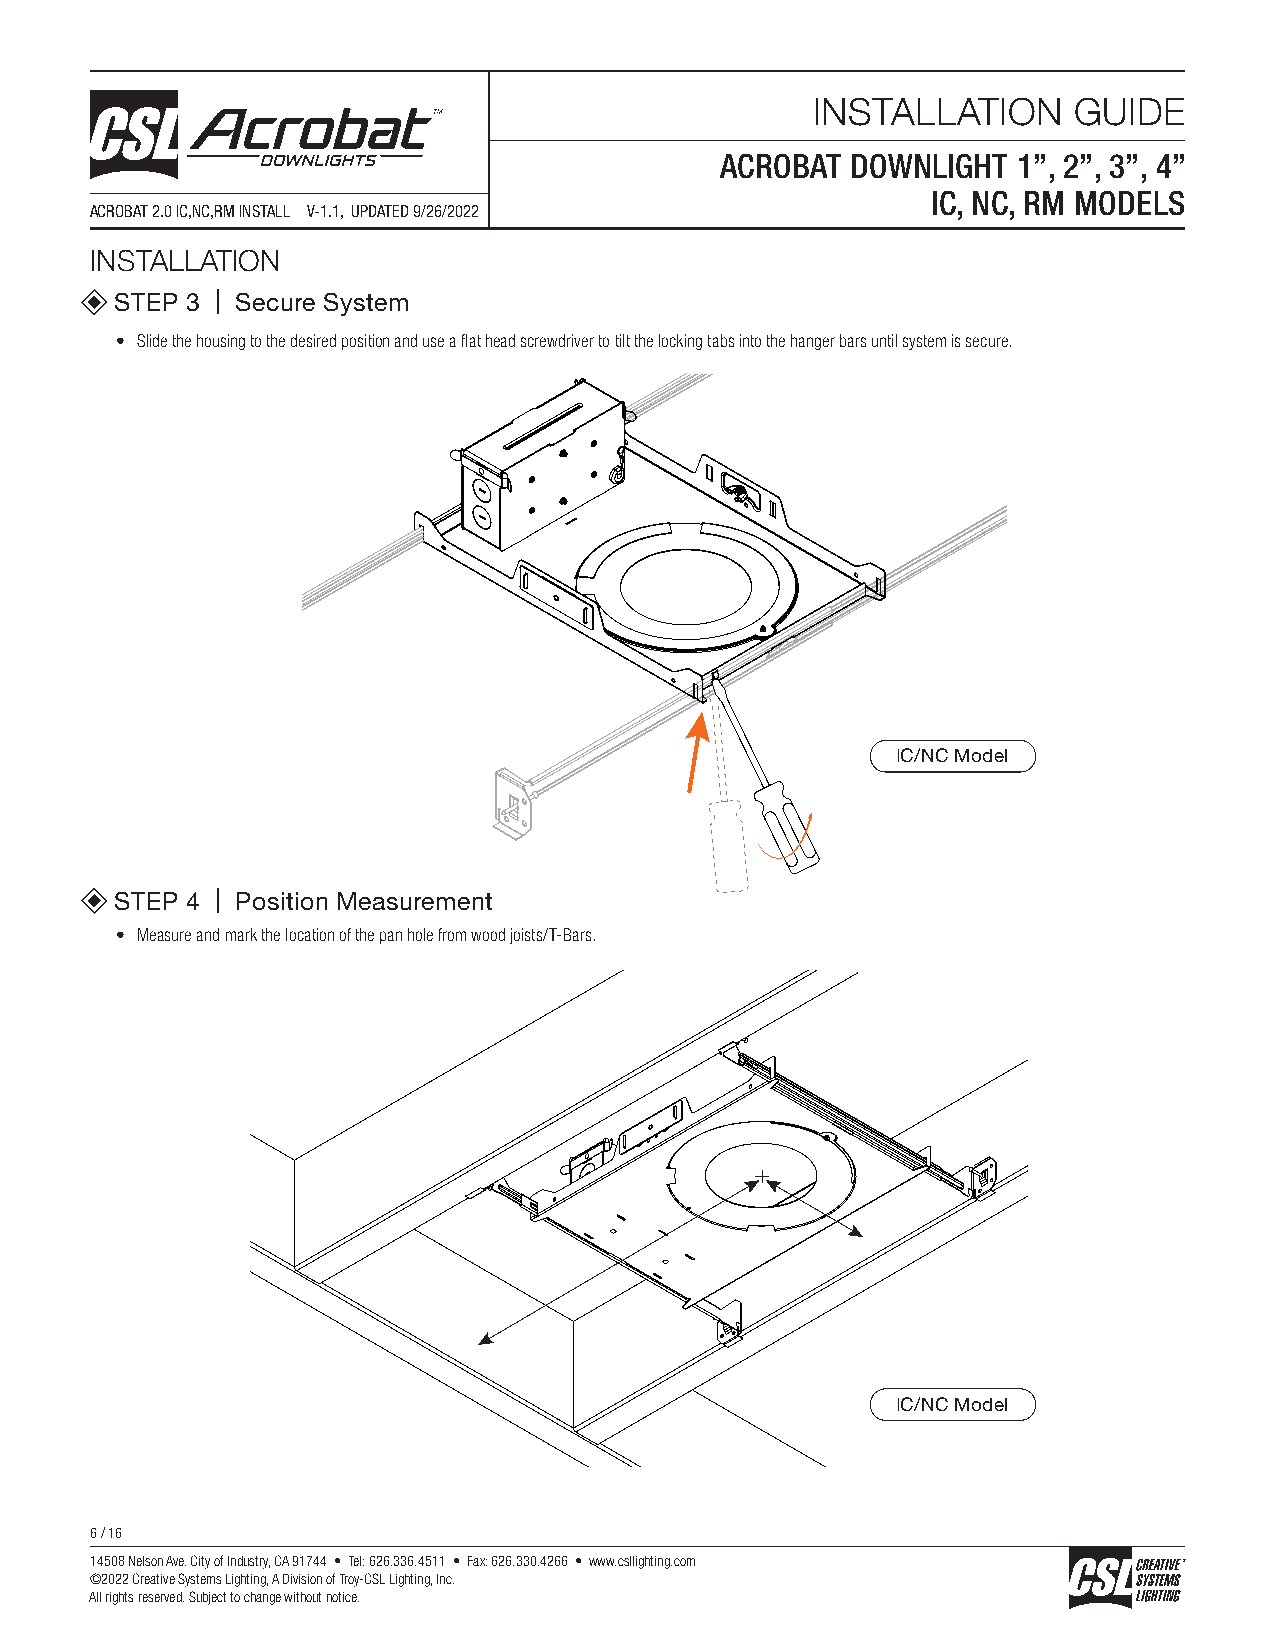
INSTALLATION     GUIDE
 ACROBAT DOWNLIGHT  1”, 2”, 3”, 4”
 IC, NC, RM MODELS
 ACROBAT 2.0 IC,NC,RM INSTALL V-1.1, UPDATED 9/26/2022
 INSTALLATION
 STEP 3 | Secure System
 • Slide the housing to the desired position and use a flat head screwdriver to tilt the locking tabs into the hanger bars until system is secure.
 IC/NC Model
 STEP 4 | Position Measurement
 • Measure and mark the location of the pan hole from wood joists/T-Bars.
 IC/NC Model
 6 / 16
 14508 Nelson Ave. City of Industry, CA 91744 • Tel: 626.336.4511 • Fax: 626.330.4266 • www.csllighting.com
 ©2022 Creative Systems Lighting, A Division of Troy-CSL Lighting, Inc.
 All rights reserved. Subject to change without notice.